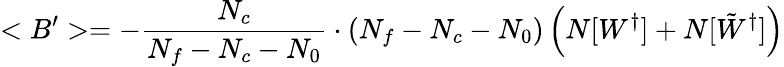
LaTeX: <B^{\prime}>=-\frac{N_{c}}{N_{f}-N_{c}-N_{0}}\cdot(N_{f}-N_{c}-N_{0})\left(N[W^{\dagger}]+N[\tilde{W}^{\dagger}]\right)